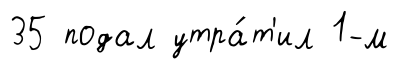
35 подал утра́т'ил 1-м